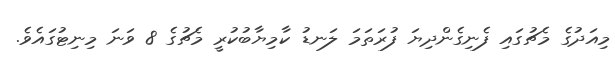
މިއަދުގެ މެޗުގައި ފެނިގެންދިޔަ ފުރަތަމަ ލަނޑު ކާމިޔާބުކުރީ މެޗުގެ 8 ވަނަ މިނިޓުގައެވެ.